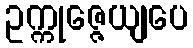
ဥက္ကုဇ္ဇေယျပေ